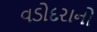
વડોદરાનો